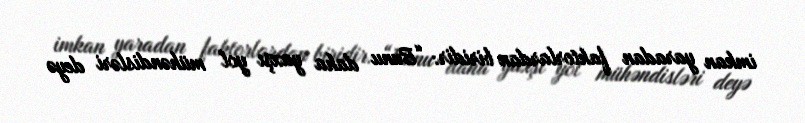
imkan yaradan faktorlardan biridir: “Bunu daha yaxşı yol mühəndisləri deyə